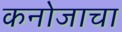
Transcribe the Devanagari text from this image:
कनोजाचा